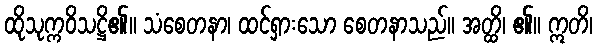
ထိုသုက္ကဝိသဋ္ဌိ၏။ သံစေတနာ၊ ထင်ရှားသော စေတနာသည်။ အတ္ထိ၊ ၏။ ဣတိ၊